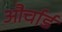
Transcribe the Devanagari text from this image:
और्चार्ड